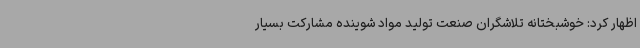
اظهار کرد: خوشبختانه تلاشگران صنعت تولید مواد شوینده مشارکت بسیار